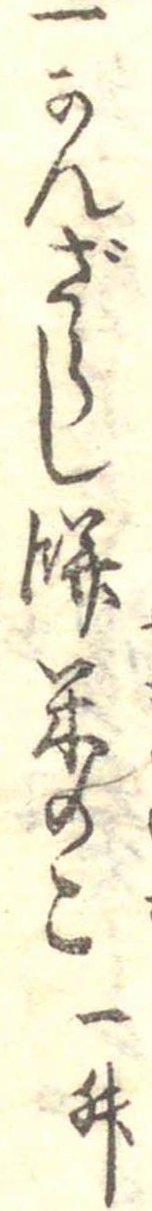
一かんざらし餅米のこ一升